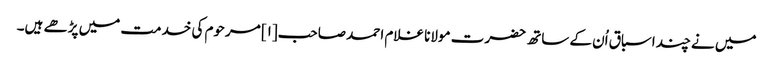
میں نے چند اسباق اُن کے ساتھ حضرت مولانا غلام احمد صاحب[۱] مرحوم کی خدمت میں پڑھے ہیں۔